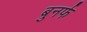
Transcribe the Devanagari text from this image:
बुनर्फ